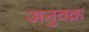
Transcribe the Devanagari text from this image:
अनुवक्र